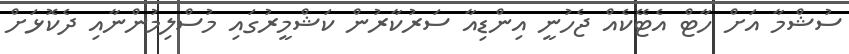
ސުޝްމާ އަށް ހާޓް އެޓޭކެއް ޖެހުނީ އިންޑިއާ ސަރުކާރުން ކަޝްމީރުގައި މުސްލިމުންނާއި ދެކޮޅަށް